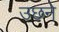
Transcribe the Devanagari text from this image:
उछने